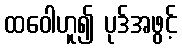
ထဝေါဟူ၍ ပုဒ်အဖွင့်